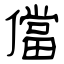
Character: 儅